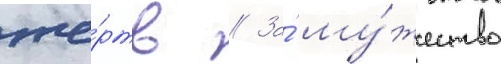
же́ртв // За́ му́жество